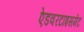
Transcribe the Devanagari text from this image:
ऐडवरटाइसमेंट